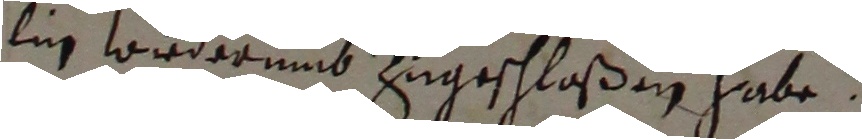
lin wiederumb zugeschloßen habe.